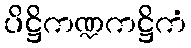
ပိဋ္ဌိကဏ္ဍကဋ္ဌိကံ